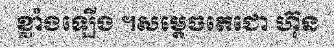
ខ្លាំងឡើង ។សម្តេចតេជោ ហ៊ុន